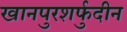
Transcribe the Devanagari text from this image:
खानपुरशर्फुदीन